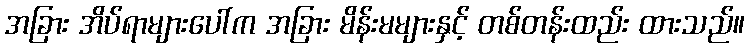
အခြား အိပ်ရာများပေါ်က အခြား မိန်းမများနှင့် တစ်တန်းထည်း ထားသည်။